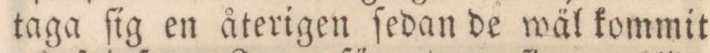
taga ſig en återigen ſedan de wäl kommit